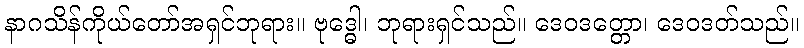
နာဂသိန်ကိုယ်တော်အရှင်ဘုရား။ ဗုဒ္ဓေါ၊ ဘုရားရှင်သည်။ ဒေဝဒတ္တော၊ ဒေဝဒတ်သည်။